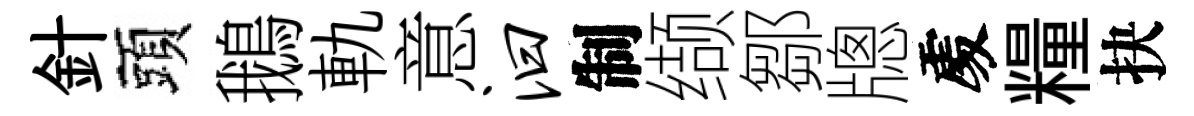
針頭鵝軌意汩制缬鄒牕𠁅糧抉